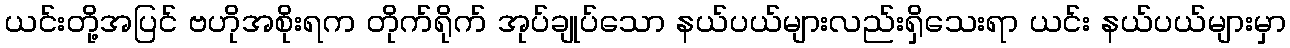
ယင်းတို့အပြင် ဗဟိုအစိုးရက တိုက်ရိုက် အုပ်ချုပ်သော နယ်ပယ်များလည်းရှိသေးရာ ယင်း နယ်ပယ်များမှာ